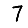
Digit: 7